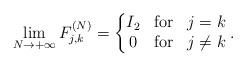
LaTeX: \begin{align*} \lim_{N \to +\infty} F_{j,k}^{(N)} = \left\{ \begin{matrix} I_2 & {\rm for} & j = k \\ 0 & {\rm for} & j \ne k \end{matrix} \right.. \end{align*}